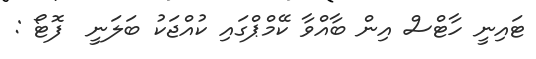
ޓައިނީ ހާޓްސް އިން ބާއްވާ ކޭމްޕްގައި ކުއްޖަކު ބަލަނީ  ފޮޓޯ :